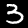
Digit: 3